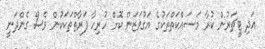
އަދި ޓީޗަރުން ކުރާ މަސައްކަތްތަކުގެ އަގުވަޒަން ކޮށް ހުރިހާ ފަރާތްތަކަކުން ވެސް ގެންދަނީ